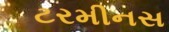
ટરમીનસ